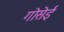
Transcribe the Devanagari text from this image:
गोसेई